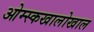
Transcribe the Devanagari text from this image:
ओम्स्कखालोखाल